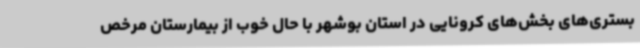
بستری‌های بخش‌های کرونایی در استان بوشهر با حال خوب از بیمارستان مرخص